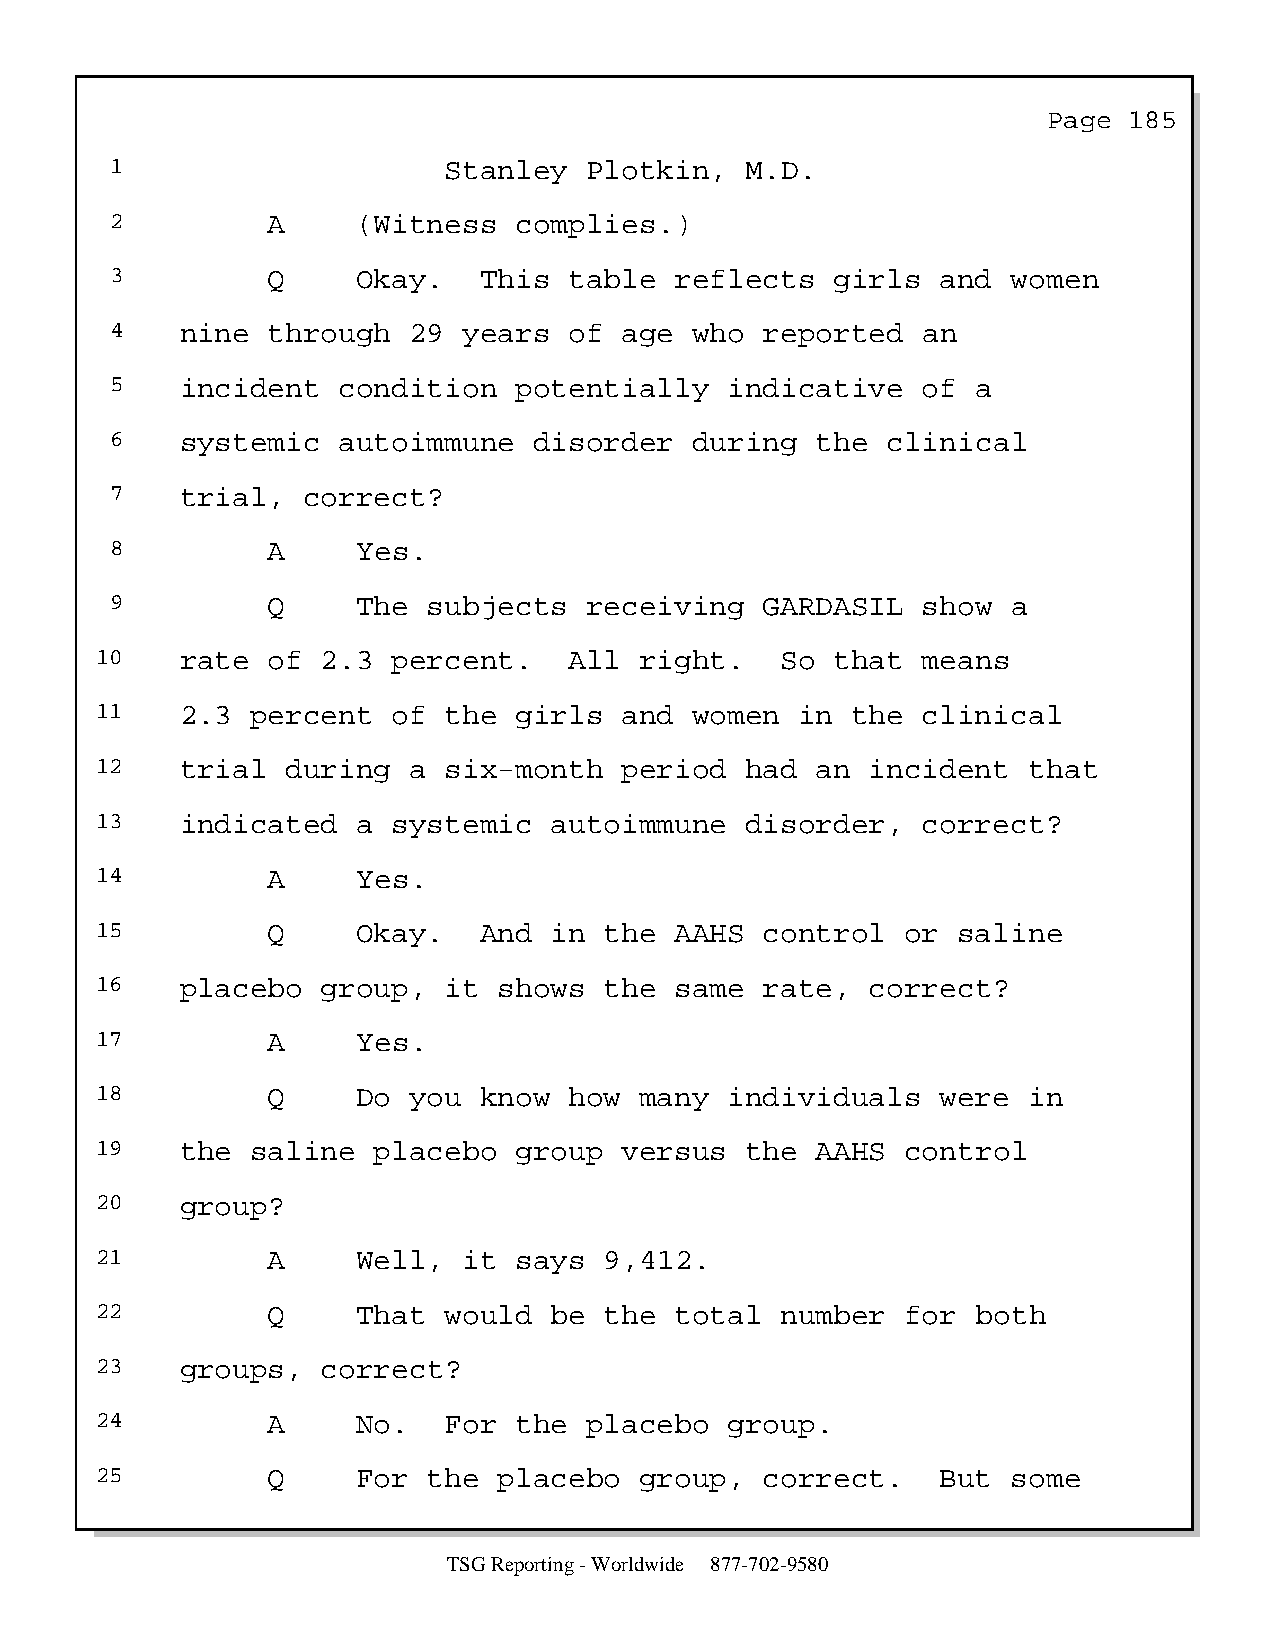
Page  185
 1                     Stanley   Plotkin,  M.D.
 2          A     (Witness  complies.)
 3          Q     Okay.   This  table  reflects  girls  and  women
 4    nine  through  29  years  of age  who  reported  an
 5    incident  condition   potentially   indicative   of  a
 6    systemic  autoimmune   disorder   during  the  clinical
 7    trial,  correct?
 8          A     Yes.
 9          Q     The subjects   receiving   GARDASIL  show  a
 10    rate  of 2.3  percent.    All right.    So that  means
 11    2.3  percent  of the  girls  and  women  in the  clinical
 12    trial  during  a six-month   period  had  an  incident  that
 13    indicated   a systemic  autoimmune   disorder,   correct?
 14          A     Yes.
 15          Q     Okay.   And in  the  AAHS  control  or saline
 16    placebo  group,  it  shows  the  same  rate,  correct?
 17          A     Yes.
 18          Q     Do you  know  how many  individuals   were  in
 19    the  saline  placebo  group  versus  the  AAHS  control
 20    group?
 21          A     Well,  it says  9,412.
 22          Q     That would  be  the  total  number  for  both
 23    groups,  correct?
 24          A     No.  For  the  placebo  group.
 25          Q     For the  placebo  group,   correct.   But  some
 TSG Reporting - Worldwide 877-702-9580